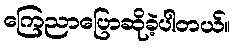
ကြေညာပြောဆိုခဲ့ပါတယ်။